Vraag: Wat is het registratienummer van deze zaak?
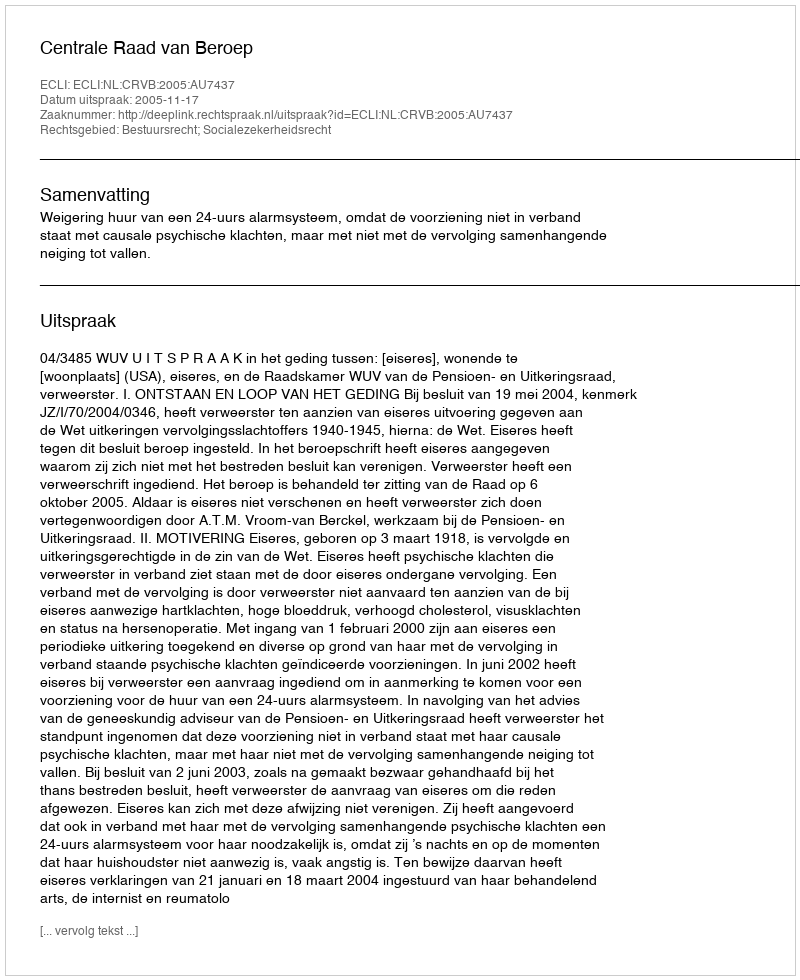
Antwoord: http://deeplink.rechtspraak.nl/uitspraak?id=ECLI:NL:CRVB:2005:AU7437